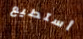
أستطيع